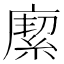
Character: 緳